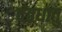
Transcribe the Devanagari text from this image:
दंतधातु